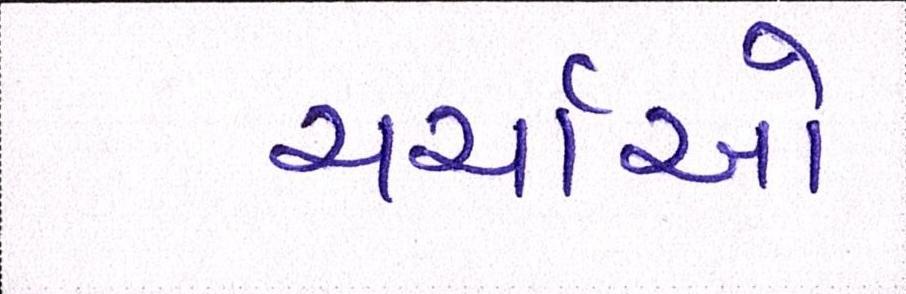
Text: ચર્ચાઓ